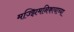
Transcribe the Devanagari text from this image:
मज्झिमनिकायाच्या